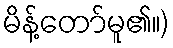
မိန့်တော်မူ၏။)